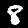
Digit: 8